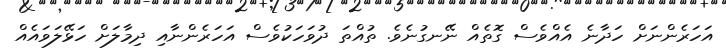
އަހަރެންނަށް ހަދާނެ އެއްވެސް ގޮތެއް ނޭނގުނެވެ. ތުއްތަ ދުވަހަކުވެސް އަހަރެެންނާއި ދިމާލަށް ހަޅޭލަވައެއް